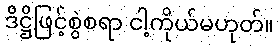
ဒိဋ္ဌိဖြင့်စွဲစရာ ငါ့ကိုယ်မဟုတ်။